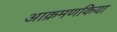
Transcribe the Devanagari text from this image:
आक्रमणकिया